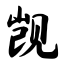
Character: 觊